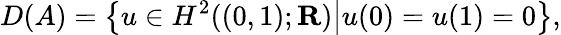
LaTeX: D(A)={\big\{ }u\in H^{2}((0,1);\mathbf{R}){\big|}u(0)=u(1)=0{\big\} },